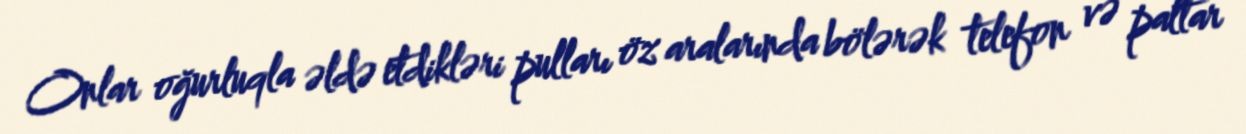
Onlar oğurluqla əldə etdikləri pulları öz aralarında bölərək telefon və paltar